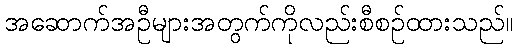
အဆောက်အဦများအတွက်ကိုလည်းစီစဉ်ထားသည်။